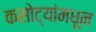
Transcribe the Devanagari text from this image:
कसोट्यांमधून